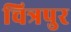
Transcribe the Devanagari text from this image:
चित्रपुर